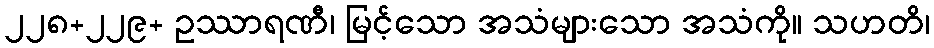
၂၂၈+၂၂၉+ ဥဿာရဏီ၊ မြင့်သော အသံများသော အသံကို။ သဟတိ၊